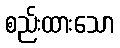
စည်းထားသော